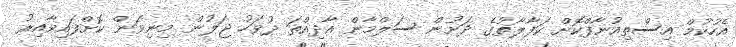
އެހުކުމް އިސްތިއުނާފްކޮށް ކަފާލާތުގެ ދަށުން ސަލްމާން އާދިއްތަ ދުވަހު ޖަލުން މިނިވަން ކޮށްފައިވާއިރު